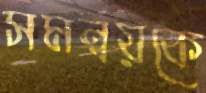
সমন্বয়কে